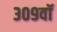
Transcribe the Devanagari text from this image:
३०९वॉ